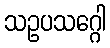
သဥပသဂ္ဂေါ